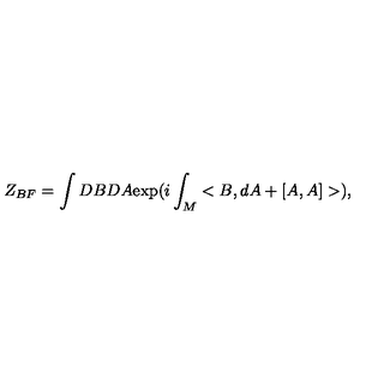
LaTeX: Z _ { B F } = \int D B D A \mathrm { e x p } ( i \int _ { M } < B , d A + [ A , A ] > ) ,